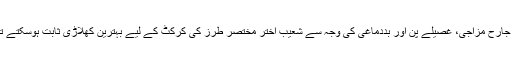
اپنی جارح مزاجی، غصیلے پن اور بددماغی کی وجہ سے شعیب اختر مختصر طرز کی کرکٹ کے لیے بہترین کھلاڑی ثابت ہوسکتے تھے۔